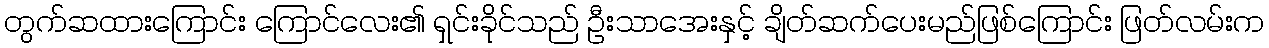
တွက်ဆထားကြောင်း ကြောင်လေး၏ ရှင်းခိုင်သည် ဦးသာအေးနှင့် ချိတ်ဆက်ပေးမည်ဖြစ်ကြောင်း ဖြတ်လမ်းက